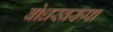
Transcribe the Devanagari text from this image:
बोधस्वरूपा